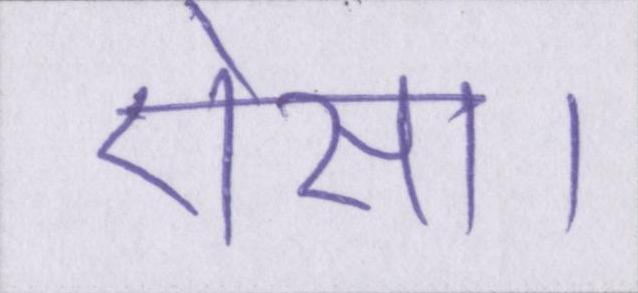
ऐसा।